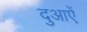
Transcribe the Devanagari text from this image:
दुआऐं